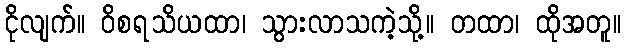
ငိုလျက်။ ဝိစရသိယထာ၊ သွားလာသကဲ့သို့။ တထာ၊ ထိုအတူ။